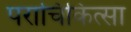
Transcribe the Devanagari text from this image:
पराचिकित्सा